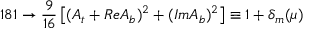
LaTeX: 1 8 1 \rightarrow \frac { 9 } { 1 6 } \left[ ( A _ { t } + R e A _ { b } ) ^ { 2 } + ( I m A _ { b } ) ^ { 2 } \right] \equiv 1 + \delta _ { m } ( \mu )